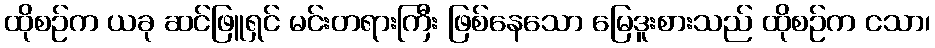
ထိုစဉ်က ယခု ဆင်ဖြူရှင် မင်းတရားကြီး ဖြစ်နေသော မြေဒူးစားသည် ထိုစဉ်က ငသာ၊